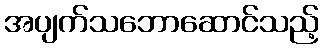
အပျက်သဘောဆောင်သည့်